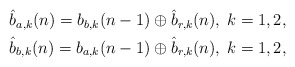
\begin{align*} \begin{aligned}\hat b_{a,k}(n) = b_{b,k}(n-1) \oplus \hat b_{r, k} (n),\; k=1,2, \\\hat b_{b,k}(n) = b_{a,k}(n-1) \oplus \hat b_{r, k} (n),\; k=1,2,\end{aligned}\end{align*}